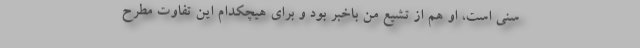
سُنی است، او هم از تشیّع من باخبر بود و برای هیچکدام این تفاوت مطرح